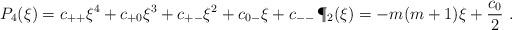
LaTeX: \begin{align*}P_4 (\xi) =c_{++} \xi^4 + c_{+0} \xi^3 + c_{+-} \xi^2 + c_{0-} \xi + c_{--} \,\P_2 (\xi) = - m (m + 1) \xi + {c_0\over 2}\ .\end{align*}